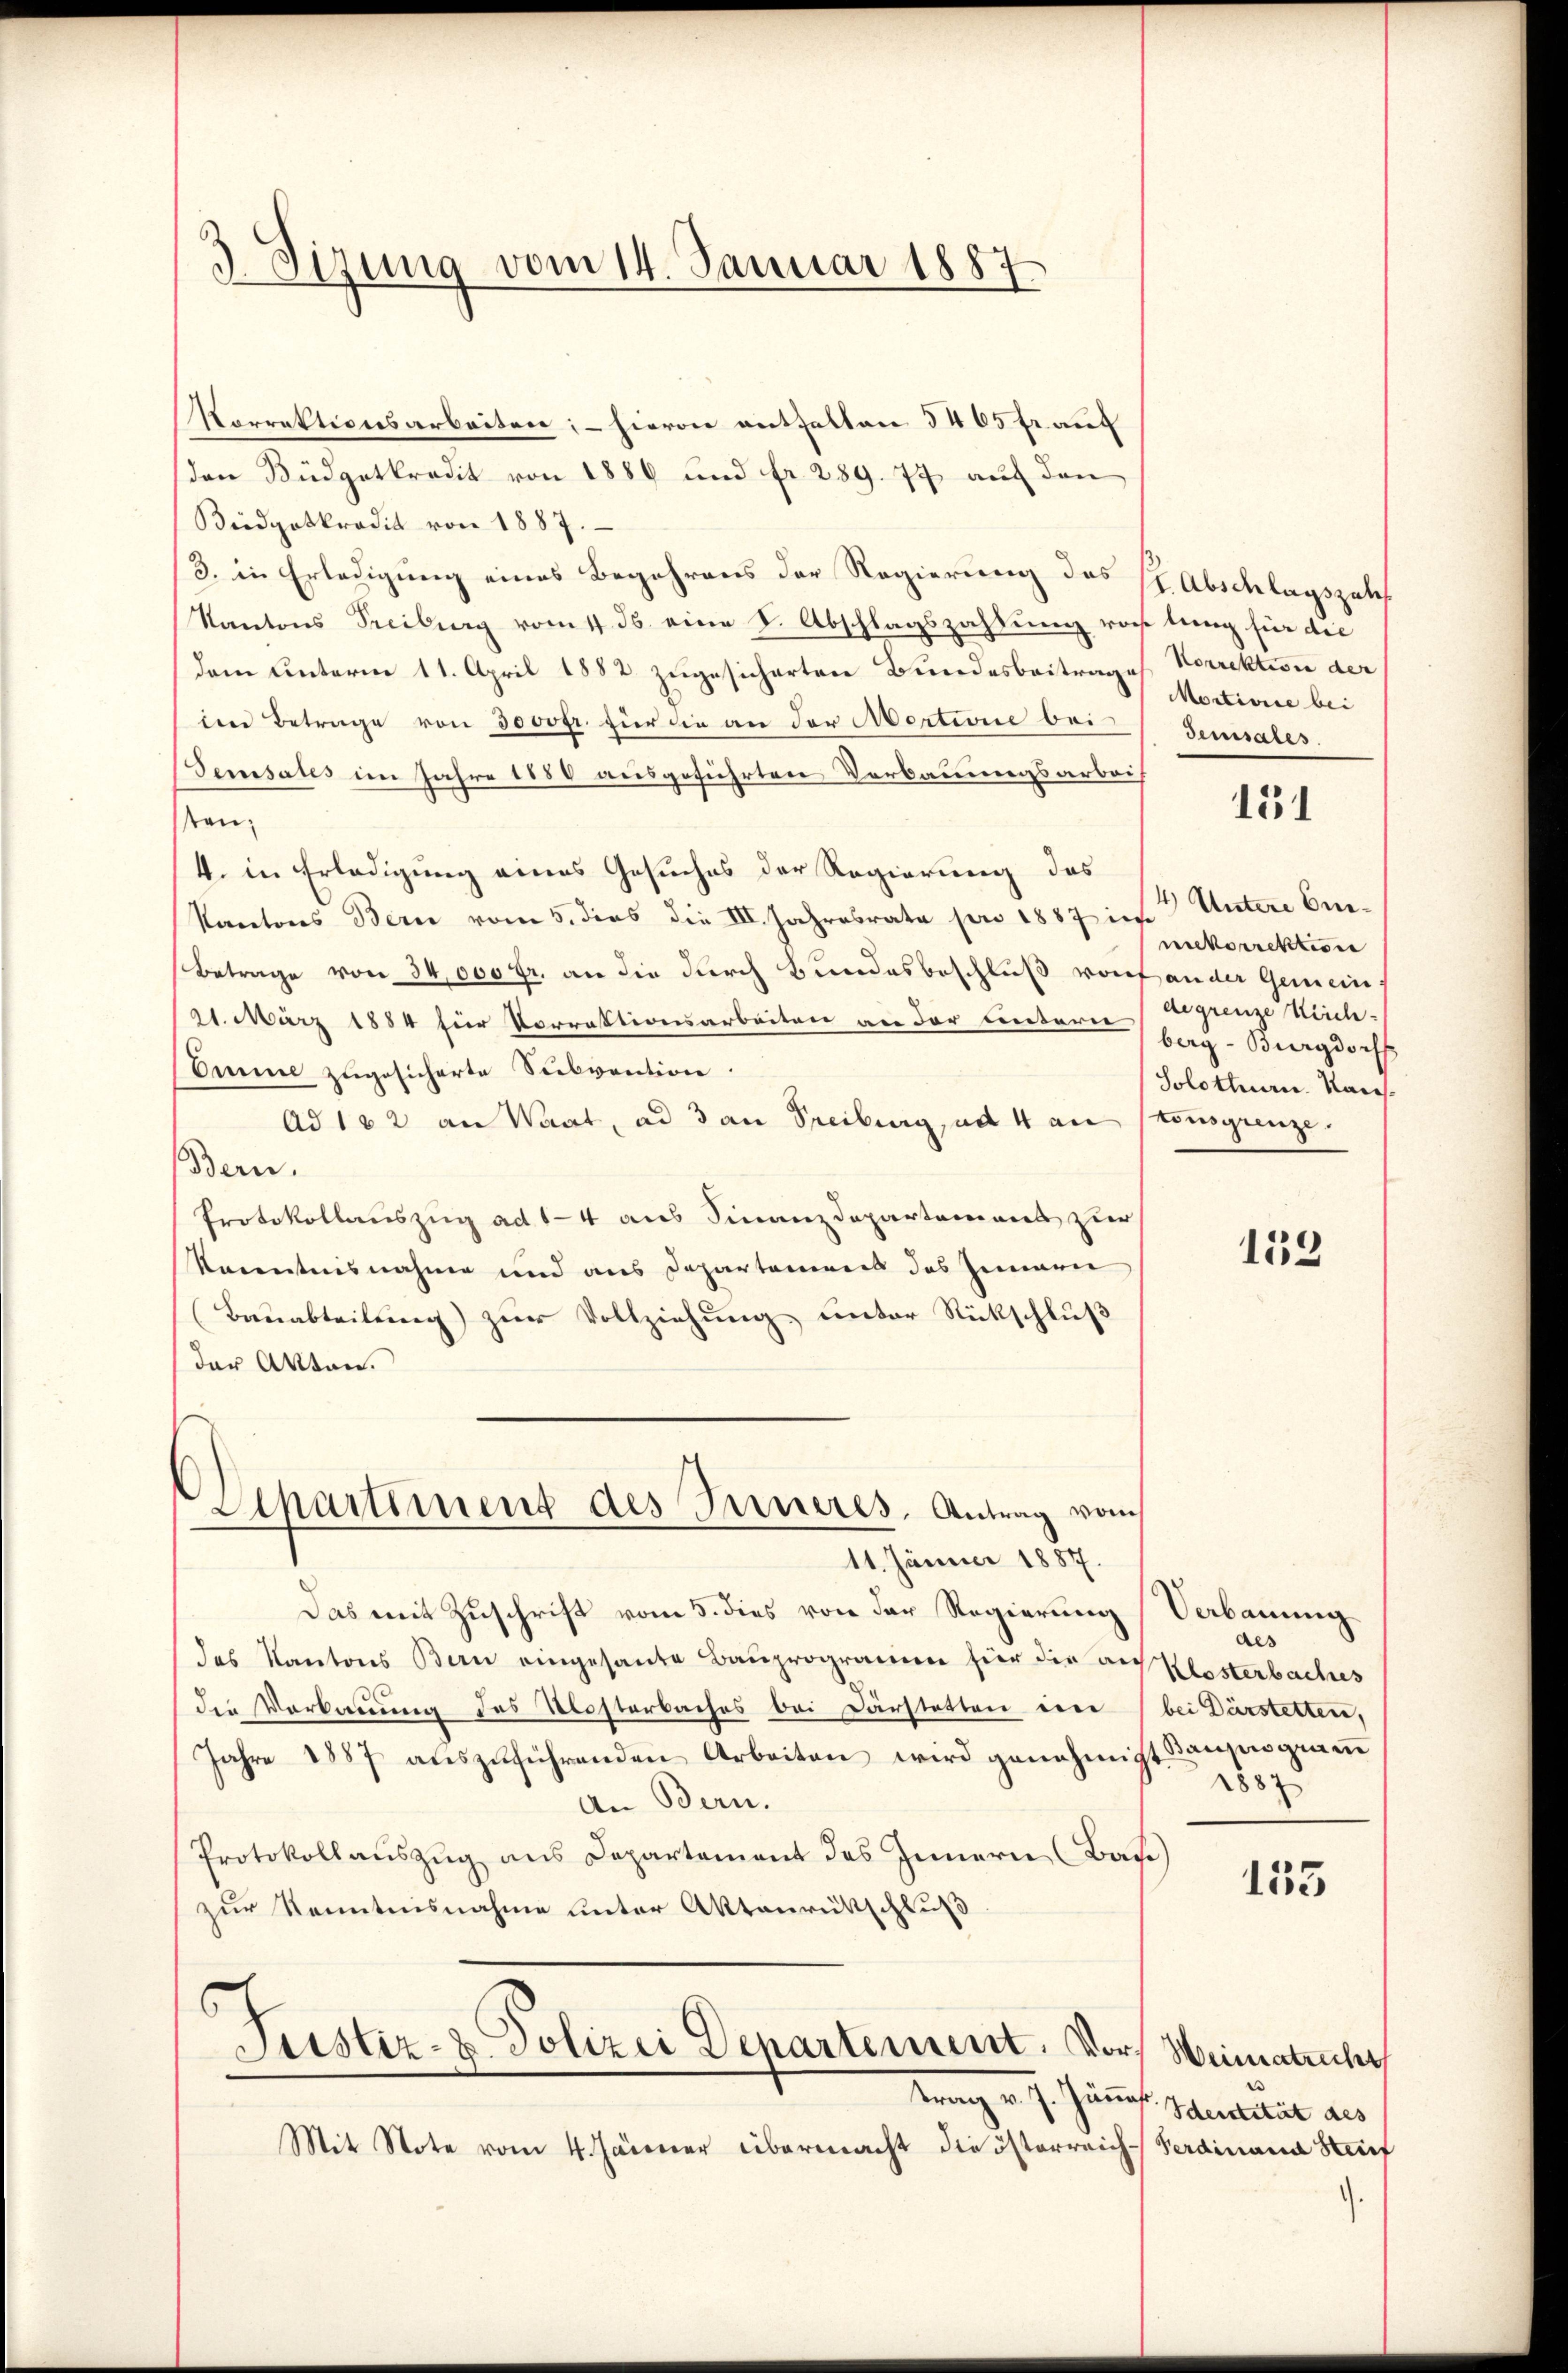
Korrektionsarbeiten; – hievon enthalten 3405 fr. auf
den Büdgetkredit von 1886 und fr. 289. 77 auf den
Büdgetkredit von 1887.
3. in Erledigung eines Begehrens der Regierung des Er Abschlagszahl
Kantons Treiburg vom 11. 36. eine S. Abschlagszahlung vorstung für die
(dem Unterm 11. April 1882 zugesicherten Bundesbeitrage
den Betrage von 3000fr. für die an der Mertione bei
Sensates im Jahre 1858 ausgeführten Vorbauungsarbeis
stan¬
4. in Erledigung eines Gesuches der Regierung das
Kantons Bern vom 5. dies die III. Jahresrata pro 1887 in
Betrage von 34,000 fr. an die durch Bundesbeschluß von ander Gemein¬
21. März 1884 für Vorrektionsarbeiten an der untern Bag-Burgdorf
Ommine zugesicherte Subvention.
Ad 182 an Waat, ad 3 an Freiburg, ad 4 an skongrenze.
Bern.
Protokollauszug ad 14 aus Finanzdepartemens zur
Kanntnisnahme und aus Departamens des Innern
Bauabteilung) zur Vollziehung unter Rückschluß
der Akten.

3. Sizung vom 14. Januar 1887

Apartiment des Inneres, Antrag vom
11. Jänner 1887.

Das mit Zuschrift vom 5. dies von der Regierung Verbauung
das Kantons Bern eingesante Bauprogramm für die an Klosterbaches
den Verkanung des Klosterbaches bei Darstatten eine bei Dürstetten,
Jahre 1887 aŭszŭführenden Arbeiten wird genehmigt ausgien
An Bern.
Protokollauszug aus Departement des Innern (Base
zur Kenntnisnahme unter Aktenrütschluß
6
Piustiz- u. Polizei Departement. Dorf Weimatricht
trag v. J. Jännes Schentität des
Mit Note vom 4. Jänner übermacht die österreich-Ferdinand Steinf

Korrektivie der
Mortisie bei
Sensales.

131

4) Untere Beinnkorrektion
degrenze Reich-
Jolothur. Kan¬

133

des
1887

135